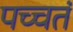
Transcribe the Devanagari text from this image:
पच्चतं